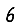
Digit: 6